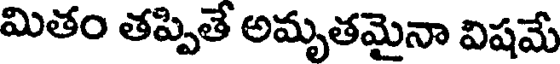
మితం తప్పితే అమృతమైనా విషమే